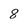
Character: 8